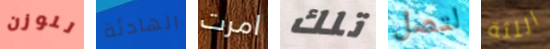
للوزن الهادئة امرت تلك لتصل اللثة